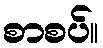
စာစပ်။